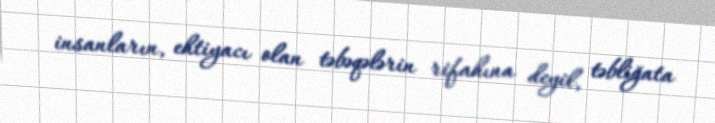
insanların, ehtiyacı olan təbəqələrin rifahına deyil, təbliğata